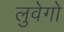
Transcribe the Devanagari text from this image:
लुवेगो